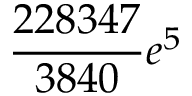
\frac { 2 2 8 3 4 7 } { 3 8 4 0 } e ^ { 5 }